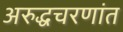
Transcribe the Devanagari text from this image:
अरुद्धचरणांत